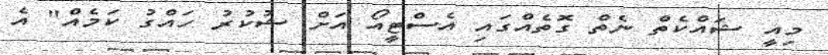
މިއީ ޝައްކެތް ނެތް ގޮތެއްގައި އެސްޓީއޯ އަށް ޝުކުރު ހައްގު ކަމެއް" އެ